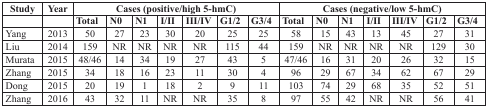
<table><thead><tr><td><b>Study</b></td><td><b>Year</b></td><td colspan="7"><b>Cases (positive/high 5-hmC)</b></td><td colspan="7"><b>Cases (negative/low 5-hmC)</b></td></tr><tr><td></td><td></td><td><b>Total</b></td><td><b>N0</b></td><td><b>N1</b></td><td><b>I/II</b></td><td><b>III/IV</b></td><td><b>G1/2</b></td><td><b>G3/4</b></td><td><b>Total</b></td><td><b>N0</b></td><td><b>N1</b></td><td><b>I/II</b></td><td><b>III/IV</b></td><td><b>G1/2</b></td><td><b>G3/4</b></td></tr></thead><tbody><tr><td>Yang</td><td>2013</td><td>50</td><td>27</td><td>23</td><td>30</td><td>20</td><td>25</td><td>25</td><td>58</td><td>15</td><td>43</td><td>13</td><td>45</td><td>27</td><td>31</td></tr><tr><td>Liu</td><td>2014</td><td>159</td><td>NR</td><td>NR</td><td>NR</td><td>NR</td><td>115</td><td>44</td><td>159</td><td>NR</td><td>NR</td><td>NR</td><td>NR</td><td>129</td><td>30</td></tr><tr><td>Murata</td><td>2015</td><td>48/46</td><td>14</td><td>34</td><td>19</td><td>27</td><td>43</td><td>5</td><td>47/46</td><td>16</td><td>31</td><td>20</td><td>26</td><td>32</td><td>15</td></tr><tr><td>Zhang</td><td>2015</td><td>34</td><td>18</td><td>16</td><td>23</td><td>11</td><td>30</td><td>4</td><td>96</td><td>29</td><td>67</td><td>34</td><td>62</td><td>67</td><td>29</td></tr><tr><td>Dong</td><td>2015</td><td>20</td><td>19</td><td>1</td><td>18</td><td>2</td><td>9</td><td>11</td><td>103</td><td>74</td><td>29</td><td>68</td><td>35</td><td>52</td><td>51</td></tr><tr><td>Zhang</td><td>2016</td><td>43</td><td>32</td><td>11</td><td>NR</td><td>NR</td><td>35</td><td>8</td><td>97</td><td>55</td><td>42</td><td>NR</td><td>NR</td><td>56</td><td>41</td></tr></tbody></table>